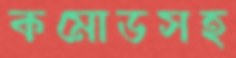
কমোডসহ